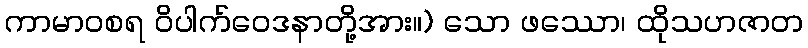
ကာမာဝစရ ဝိပါက်ဝေဒနာတို့အား။) သော ဖဿော၊ ထိုသဟဇာတ